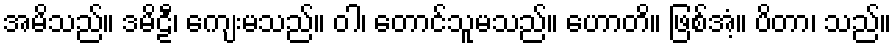
အမိသည်။ ဒမိဠီ၊ ကျေးမသည်။ ဝါ၊ တောင်သူမသည်။ ဟောတိ။ ဖြစ်အံ့။ ပိတာ၊ သည်။